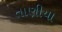
તાણીયા